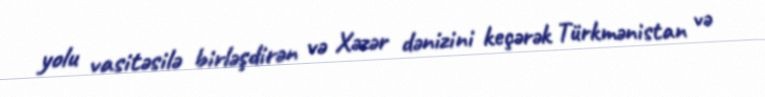
yolu vasitəsilə birləşdirən və Xəzər dənizini keçərək Türkmənistan və